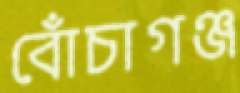
বোঁচাগঞ্জ